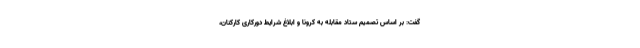
گفت: بر اساس تصمیم ستاد مقابله به کرونا و ابلاغ شرایط دورکاری کارکنان،